Sketch of the medical history of the native army of Bombay, for the year
Year: 1876
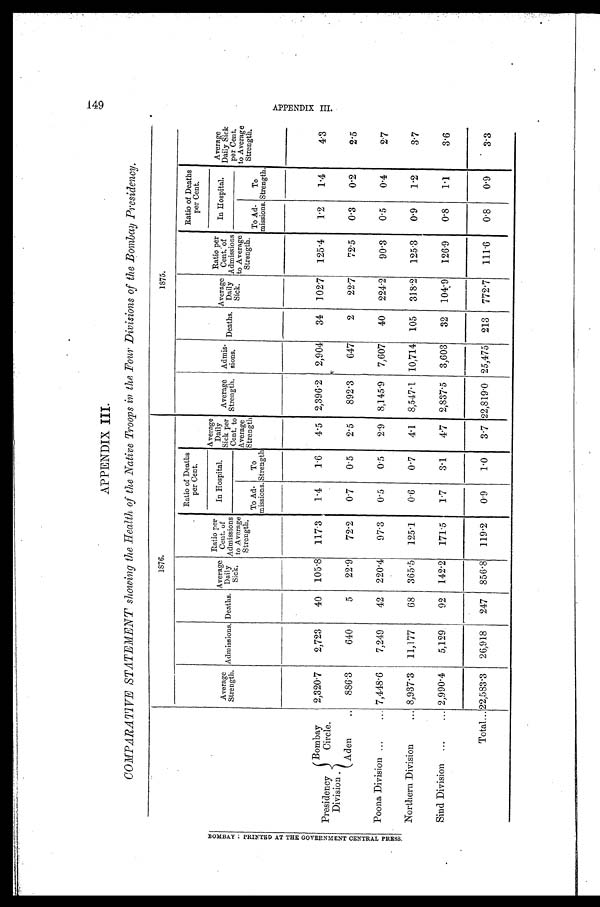
149
APPENDIX III.
COMPARATIVE STATEMENT showing the Health of the Native Troops in the Four Divisions of the Bombay Presidency.
1876.
1875.
Averag e
Strength. Admissions. Deaths.
Average
Daily
Sick.
Ratio per
Cent. o f
Admissions
to Averag
Strength.
Ratio of Deaths
per Cent.
Average
Dail
y
Sick per
Cent. to
Average
Strength
Average
Strength.
Admis-
sions. Deaths.
Average
Daily
Sick.
Ratio per
Cent. of
Admissions
to Average
Strength.
Ratio of Deaths
per Cent.
Average
Daily Sick
per Cent.
to Average
Strength.
In Hospital.
In Hospital.
To Ad-
missions.
To
Strength.
To Ad-
missions.
To
Strength
Presidency
Division.
Bombay circle.
2,320.7
2,723
40 105.8 117.3
1.4
1.6
4.5 2,396.2 2,904
34 102.7 125.4
1.2
1.4
4.3
Aden
... 886.3
640
5
22.9
72.2
0.7
0.5
2.5
892.3
647
2
221
72.5
0.3
0.2
2.5
Poona Division ...
... 7,448.6
7,249
42 220.4
97.3
0.5
0.5
2.9 8,145.9 7,607
40 224.2
90.3
0.5
0.4
2.7
Northern Division . . .
... 8,937.3 11,177
68 365.5
125.1
0.6
0.7
4.1 8,547.1 10,714 105 318.2 125.3
0.9
1.2
3.7
Sind Division ...
... 2,990.4
5,129
92 142.2 171.5
1.7
3.1
4.7 2,837.5 3,603
32 104.9
126.9
0.8
1.1
3.6
Total . . . 22,583.3 26,918
247 856.8 119.2
0.9
1.0
3.7 22,819.0 25,475 213 772.7 111.6
0.8
0.9
3.3
A P P E N D I X I I I I .